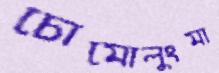
চোমোলুংমা